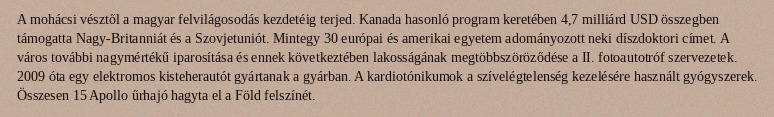
A mohácsi vésztől a magyar felvilágosodás kezdetéig terjed. Kanada hasonló program keretében 4,7 milliárd USD összegben támogatta Nagy-Britanniát és a Szovjetuniót. Mintegy 30 európai és amerikai egyetem adományozott neki díszdoktori címet. A város további nagymértékű iparosítása és ennek következtében lakosságának megtöbbszöröződése a II. fotoautotróf szervezetek. 2009 óta egy elektromos kisteherautót gyártanak a gyárban. A kardiotónikumok a szívelégtelenség kezelésére használt gyógyszerek. Összesen 15 Apollo űrhajó hagyta el a Föld felszínét.